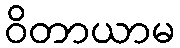
ဝိတာယာမ